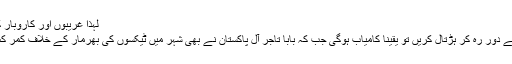
لہٰذا غریبوں اور کاروبار کے ہمدرد
سیاست سے دور رہ کر ہڑتال کریں تو یقیناً کامیاب ہوگی جب کہ بابا تاجر آل پاکستان نے بھی شہر میں ٹیکسوں کی بھرمار کے خلاف کمر کس لی ہے۔